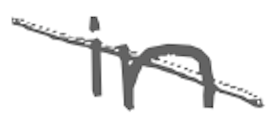
Text: in
Cross-out: diagonal
Writing tool: digital_gray